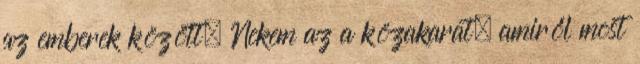
az emberek között. Nekem az a közakarat, amiről most